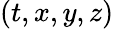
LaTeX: (t,x,y,z)